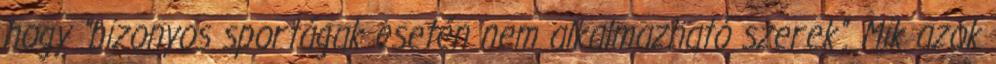
hogy "bizonyos sportágak esetén nem alkalmazható szerek". Mik azok